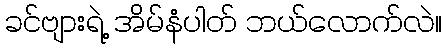
ခင်ဗျားရဲ့ အိမ်နံပါတ် ဘယ်လောက်လဲ။